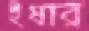
ইষার